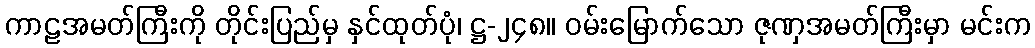
ကာဠအမတ်ကြီးကို တိုင်းပြည်မှ နှင်ထုတ်ပုံ၊ ဋ္ဌ-၂၄၈။ ဝမ်းမြောက်သော ဇုဏှအမတ်ကြီးမှာ မင်းက